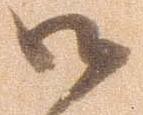
御